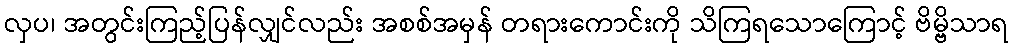
လှပ၊ အတွင်းကြည့်ပြန်လျှင်လည်း အစစ်အမှန် တရားကောင်းကို သိကြရသောကြောင့် ဗိမ္ဗိသာရ